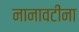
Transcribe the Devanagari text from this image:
नानावटींना